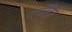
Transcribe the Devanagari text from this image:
रवींद्रो